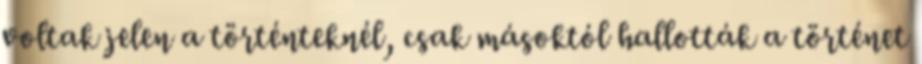
voltak jelen a történteknél, csak másoktól hallották a történet